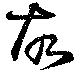
故